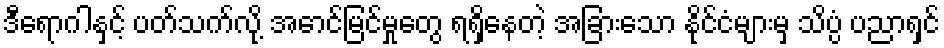
ဒီရောဂါနှင့် ပတ်သက်လို့ အောင်မြင်မှုတွေ ရရှိနေတဲ့ အခြားသော နိုင်ငံများမှ သိပ္ပံ ပညာရှင်